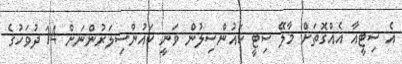
އެ ސިޓީއާ އެއްގޮތަށް މާލޭ ސިޓީ ކައުންސިލުން ވަނީ ކައުންސިލަރުންނަށް 14 ދުވަހުގެ